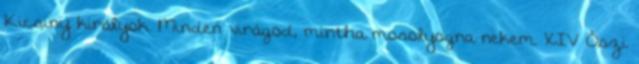
Kicsiny királyok. Minden virágod, mintha mosolyogna nekem. XIV Őszi